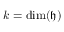
k = \dim ( { \mathfrak { h } } )